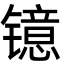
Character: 镱